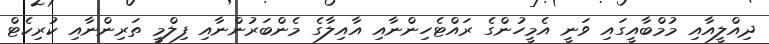
ދިއްލީއާއި މުމްބާއީގައި ވަނީ އެމީހުންގެ ރައްޓެހިންނާއި އާއިލާގެ މެންބަރުންނާއި ފިލްމީ ތަރިންނާއި ކުރިކެޓް